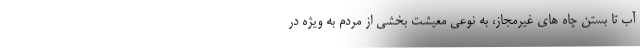
آب تا بستن چاه های غیرمجاز، به نوعی معیشت بخشی از مردم به ویژه در